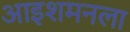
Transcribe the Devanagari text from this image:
आइशमनला